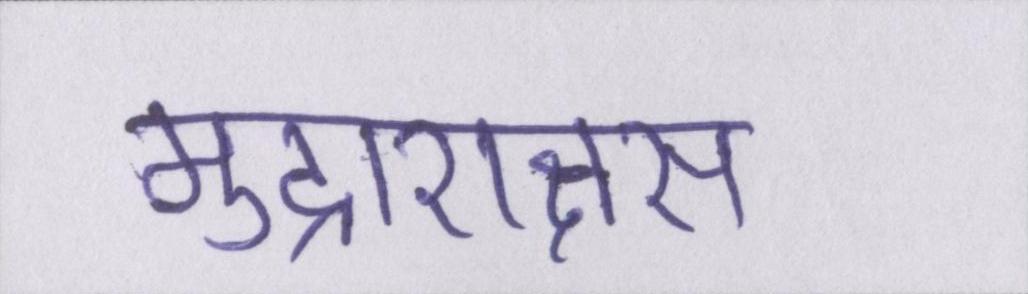
मुद्राराक्षस